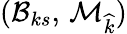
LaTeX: (\mathcal{B}_{ks},\, \mathcal{M}_{\widehat{k}})